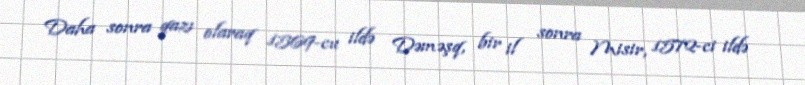
Daha sonra qazı olaraq 1569-cu ildə Dəməşq, bir il sonra Misir, 1572-ci ildə